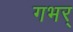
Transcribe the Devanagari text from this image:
गभर्